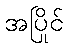
အပြိုင်